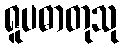
ရူပဓာတုသု